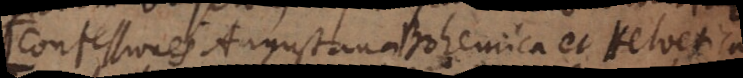
(Confessiones Augustana Bohemica et Helvetica)